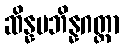
ဆိန္နပဘိန္နဂတ္တာ